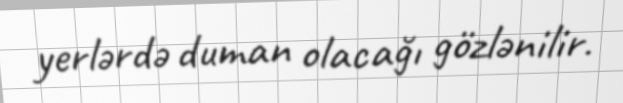
yerlərdə duman olacağı gözlənilir.